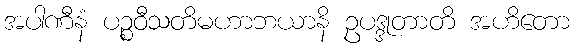
အပါဏီနံ ပဉ္စဝီသတိမဟာဘယာနိ ဥပဒ္ဒုတာတိ အဟိတော